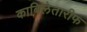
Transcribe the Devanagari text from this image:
काबिलेतारीफ